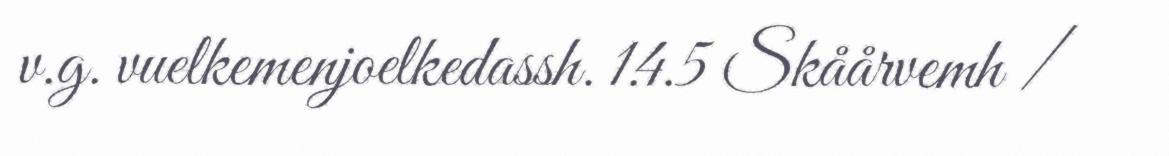
v.g. vuelkemenjoelkedassh. 1.4.5 Skåårvemh /